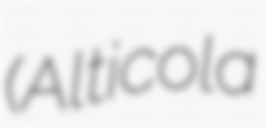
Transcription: (Alticola